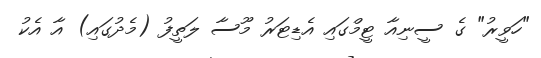
"ހަވީރު" ގެ ސީނިއާ ޓީމްގައި އެޑިޓަރު މޫސާ ލަތީފު (މެދުގައި) އާ އެކު